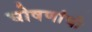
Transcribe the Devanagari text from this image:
घोषणांची